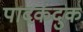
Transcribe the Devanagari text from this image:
पादकंदुक